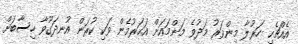
އެއްޗެހި ހަރުލާ މިންވަރު މަދުވެ މަންމައަށް އަހަރުމެން ވަކި ކުރަން އުނދަގޫވާ ހިސާބަށް